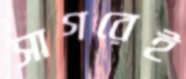
সাগরেই